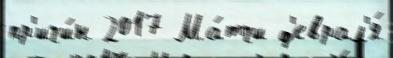
пр'ичи́н 2017 Ма́тчи ф'еврал'я́